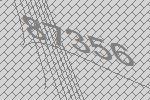
87356